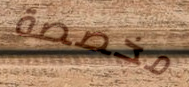
مخصصة